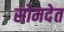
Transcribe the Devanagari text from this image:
सोमदेत